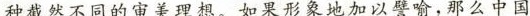
种截然不同的审美理想。如果形象地加以壁喻，那么中国